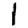
Digit: 1